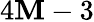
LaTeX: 4\mathbf{M}-3